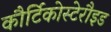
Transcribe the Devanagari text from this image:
कौर्टिकोस्टेरौइड